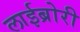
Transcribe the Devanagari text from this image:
लाईब्रोरी